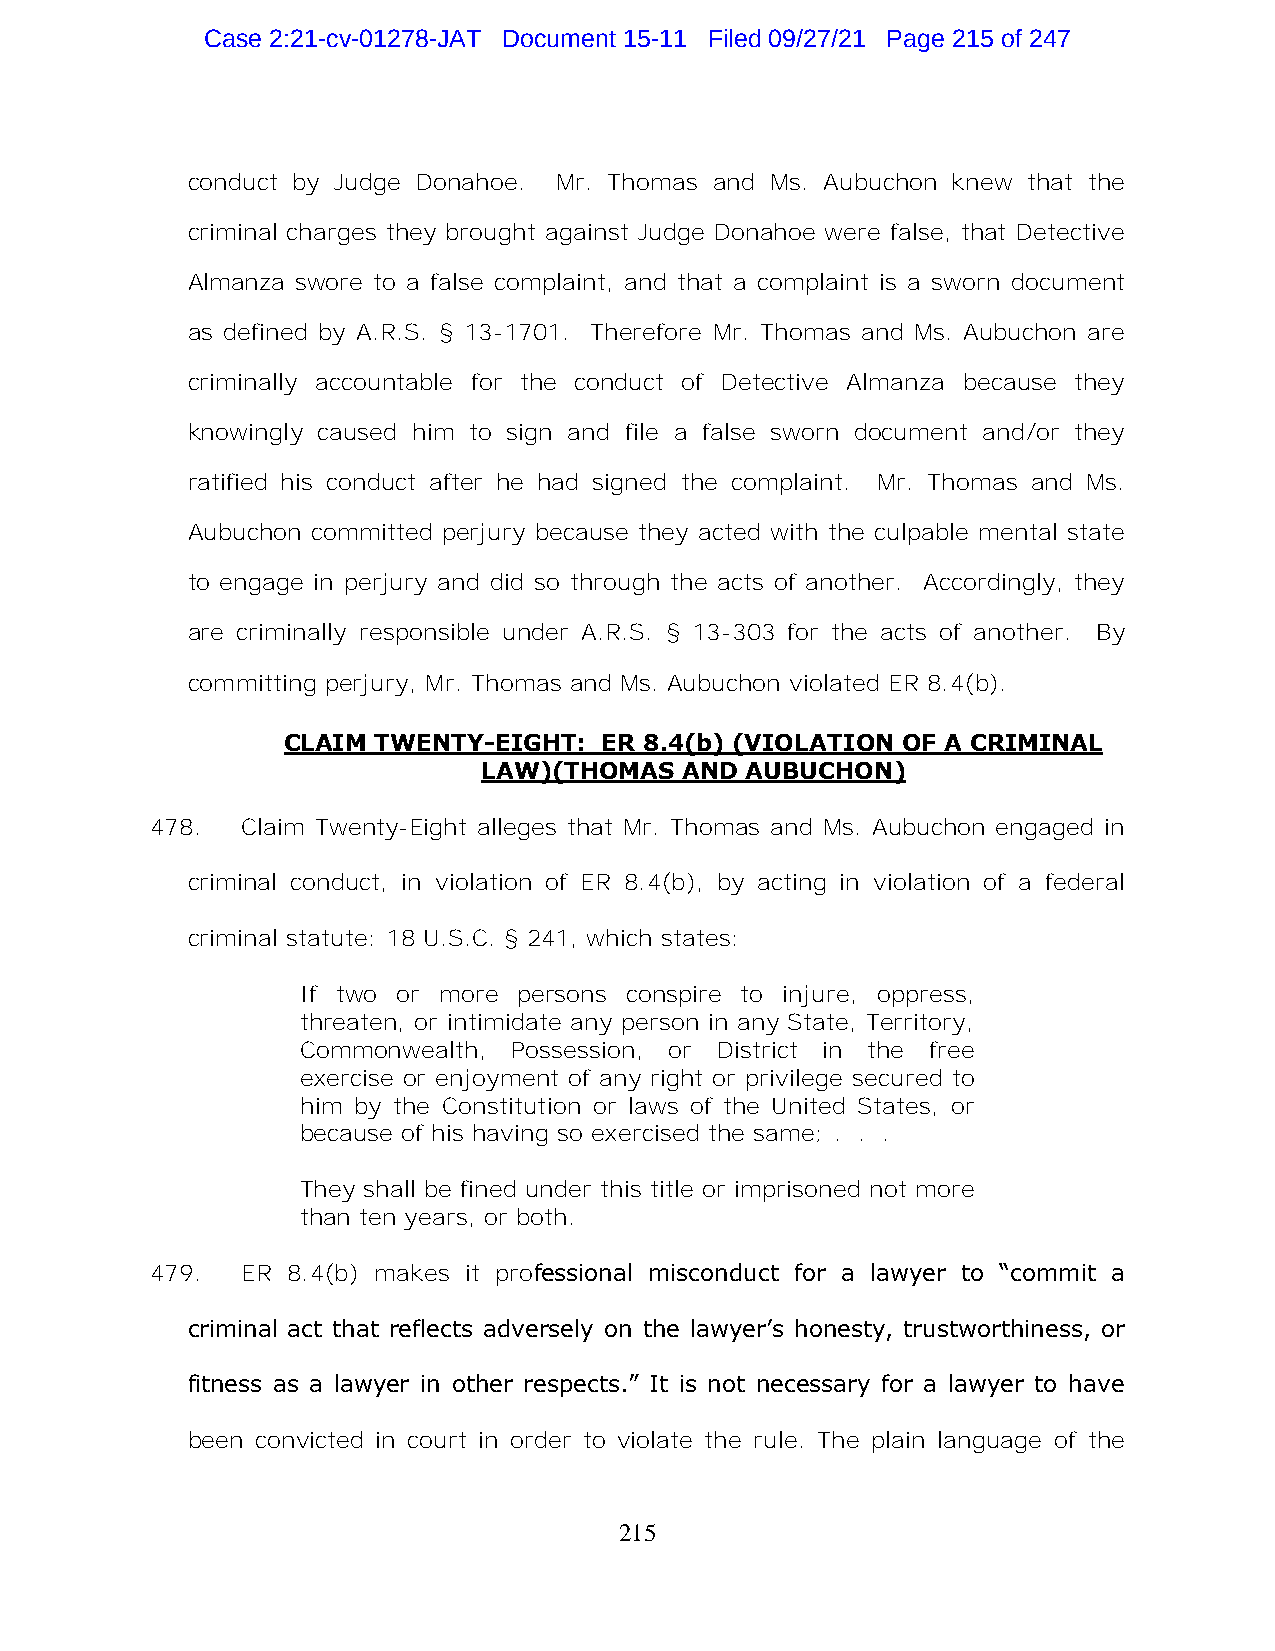
Case 2:21-cv-01278-JAT Document 15-11 Filed 09/27/21 Page 215 of 247
 conduct by Judge Donahoe. Mr. Thomas and Ms. Aubuchon knew that the
 criminal charges they brought against Judge Donahoe were false, that Detective
 Almanza swore to a false complaint, and that a complaint is a sworn document
 as defined by A.R.S. § 13-1701. Therefore Mr. Thomas and Ms. Aubuchon are
 criminally accountable for the conduct of Detective Almanza because they
 knowingly caused him to sign and file a false sworn document and/or they
 ratified his conduct after he had signed the complaint. Mr. Thomas and Ms.
 Aubuchon committed perjury because they acted with the culpable mental state
 to engage in perjury and did so through the acts of another. Accordingly, they
 are criminally responsible under A.R.S. § 13-303 for the acts of another. By
 committing perjury, Mr. Thomas and Ms. Aubuchon violated ER 8.4(b).
 CLAIM TWENTY-EIGHT:  ER 8.4(b) (VIOLATION OF A CRIMINAL
 LAW)(THOMAS  AND AUBUCHON)
 478.  Claim Twenty-Eight alleges that Mr. Thomas and Ms. Aubuchon engaged in
 criminal conduct, in violation of ER 8.4(b), by acting in violation of a federal
 criminal statute: 18 U.S.C. § 241, which states:
 If two or more persons conspire to injure, oppress,
 threaten, or intimidate any person in any State, Territory,
 Commonwealth, Possession, or District in the free
 exercise or enjoyment of any right or privilege secured to
 him by the Constitution or laws of the United States, or
 because of his having so exercised the same; . . .
 They shall be fined under this title or imprisoned not more
 than ten years, or both.
 479.  ER 8.4(b) makes it professional misconduct for a lawyer to “commit a
 criminal act that reflects adversely on the lawyer’s honesty, trustworthiness, or
 fitness as a lawyer in other respects.” It is not necessary for a lawyer to have
 been convicted in court in order to violate the rule. The plain language of the
 215